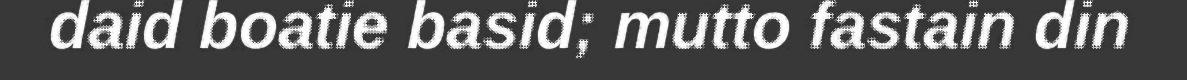
daid boatie basid; mutto fastain din